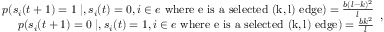
\begin{array} { r } { p ( s _ { i } ( t + 1 ) = 1 \mid , s _ { i } ( t ) = 0 , i \in e \mathrm { ~ w h e r e ~ e ~ i s ~ a ~ s e l e c t e d ~ ( k , l ) ~ e d g e } ) = \frac { b ( l - k ) ^ { 2 } } { l } } \\ { p ( s _ { i } ( t + 1 ) = 0 \mid , s _ { i } ( t ) = 1 , i \in e \mathrm { ~ w h e r e ~ e ~ i s ~ a ~ s e l e c t e d ~ ( k , l ) ~ e d g e } ) = \frac { b k ^ { 2 } } { l } } \end{array} ,